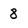
Character: 8